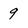
Character: 9